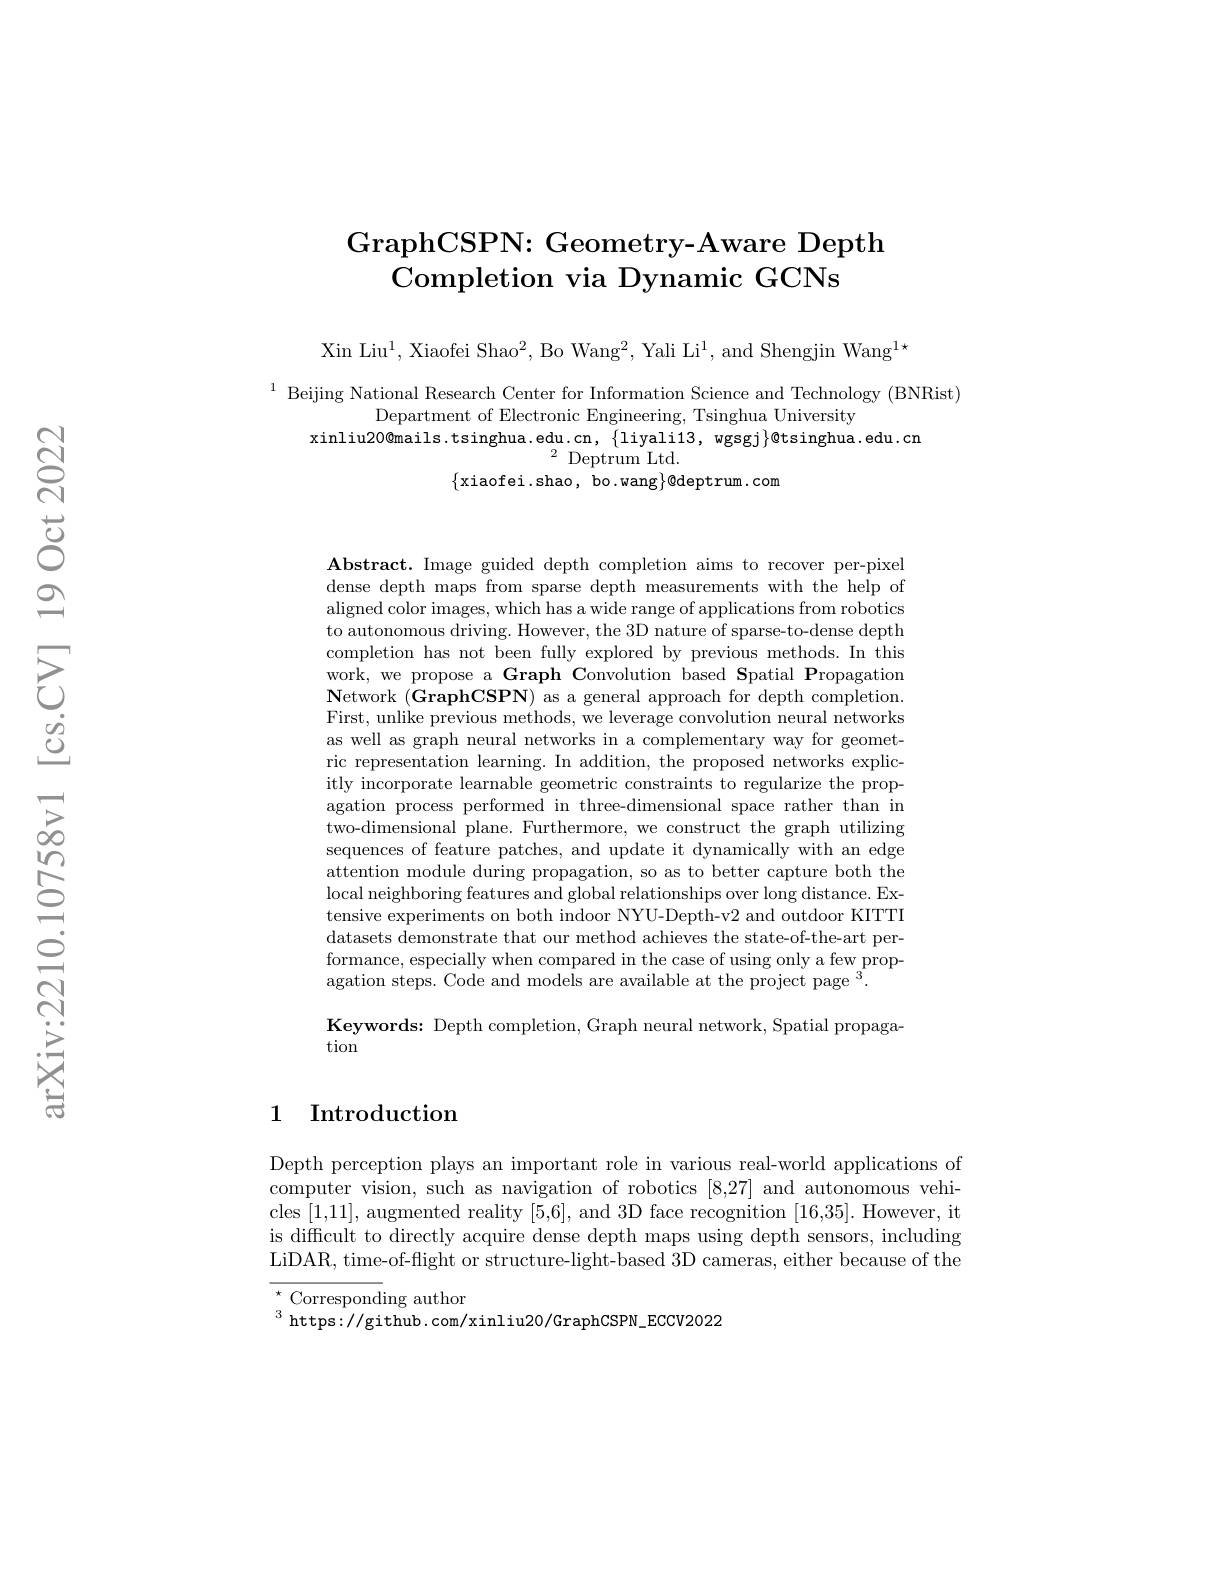
# GraphCSPN: Geometry-Aware Depth Completion via Dynamic GCNs

Xin Liu$^1$, Xiaofei Shao$^2$, Bo Wang$^2$, Yali Li$^1$, and Shengjin Wang$^1$,

$^{1}$Beijing National Research Center for Information Science and Technology (BNRist)$^{1}$ Beijing National Research Center for Information Science and Technology (BNRist)$^{1}$Department of Electronic Engineering, Tsinghua University
xinliu20@mails.tsinghua.edu.cn, $\{$liyali13, wgsgj$\}$@tsinghua.edu.cn
$\{$xiaofei.shao, bo.wang$\}@$deptrum.com

Abstract. Image guided depth completion aims to recover per-pixel dense depth maps from sparse depth measurements with the help of aligned color images, which has a wide range of applications from robotics to autonomous driving. However, the 3D nature of sparse-to-dense depth completion has not been fully explored by previous methods. In this work, we propose a Graph Convolution based Spatial Propagation $\mathbf{N}$etwork $(\mathbf{GraphCSPN})$ as a general approach for depth completion. First, unlike previous methods, we leverage convolution neural networks as well as graph neural networks in a complementary way for geometric representation learning. In addition, the proposed networks explicitly incorporate learnable geometric constraints to regularize the propagation process performed in three-dimensional space rather than in two-dimensional plane. Furthermore, we construct the graph utilizing sequences of feature patches, and update it dynamically with an edge attention module during propagation, so as to better capture both the local neighboring features and global relationships over long distance. Extensive experiments on both indoor NYU-Depth-v2 and outdoor KITTI datasets demonstrate that our method achieves the state-of-the-art performance, especially when compared in the case of using only a few propagation steps. Code and models are available at the project page $^3.$
Keywords: Depth completion, Graph neural network, Spatial propaga-

tion

## 1 Introduction

Depth perception plays an important role in various real-world applications of computer vision, such as navigation of robotics [8,27] and autonomous vehicles [1,11], augmented reality [5,6], and 3D face recognition [16,35]. However, it is difficult to directly acquire dense depth maps using depth sensors, includi LiDAR, time-of-flight or structure-light-based 3D cameras, either because of the

$\overset{\star}{\operatorname*{\mathrm{Correspond}}}$ing author
$^{3}$ https://github.com/xinliu20/GraphCSPN\_ECCV2022